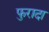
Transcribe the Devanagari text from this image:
फुरादा